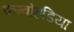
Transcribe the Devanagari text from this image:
कम्बोहडिया